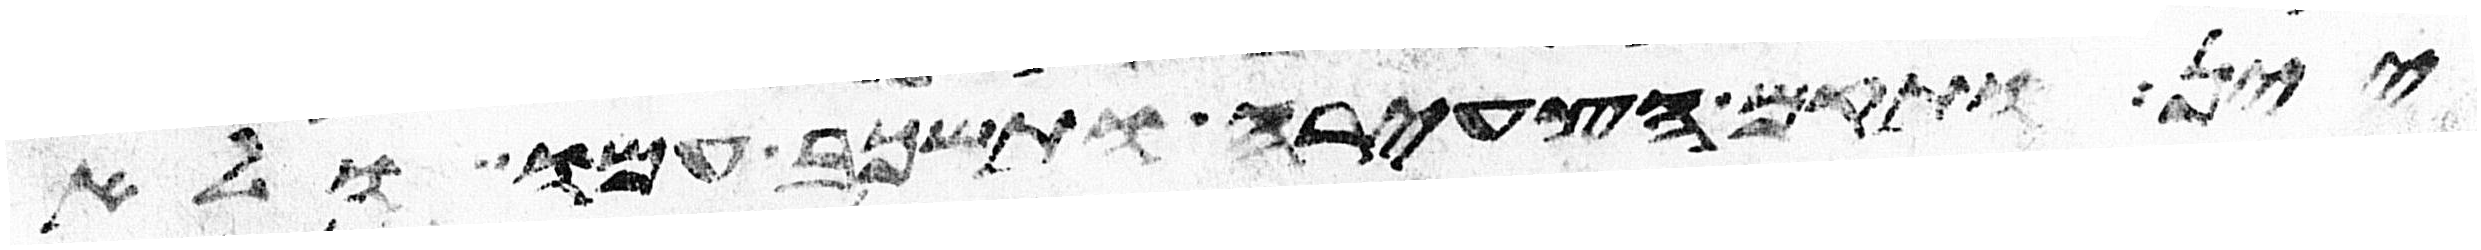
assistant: יין ותקם הצעירה ותשכב עמו ולא